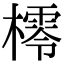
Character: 㯪